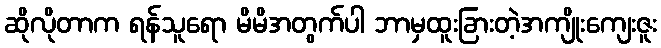
ဆိုလိုတာက ရန်သူရော မိမိအတွက်ပါ ဘာမှထူးခြားတဲ့အကျိုးကျေးဇူး